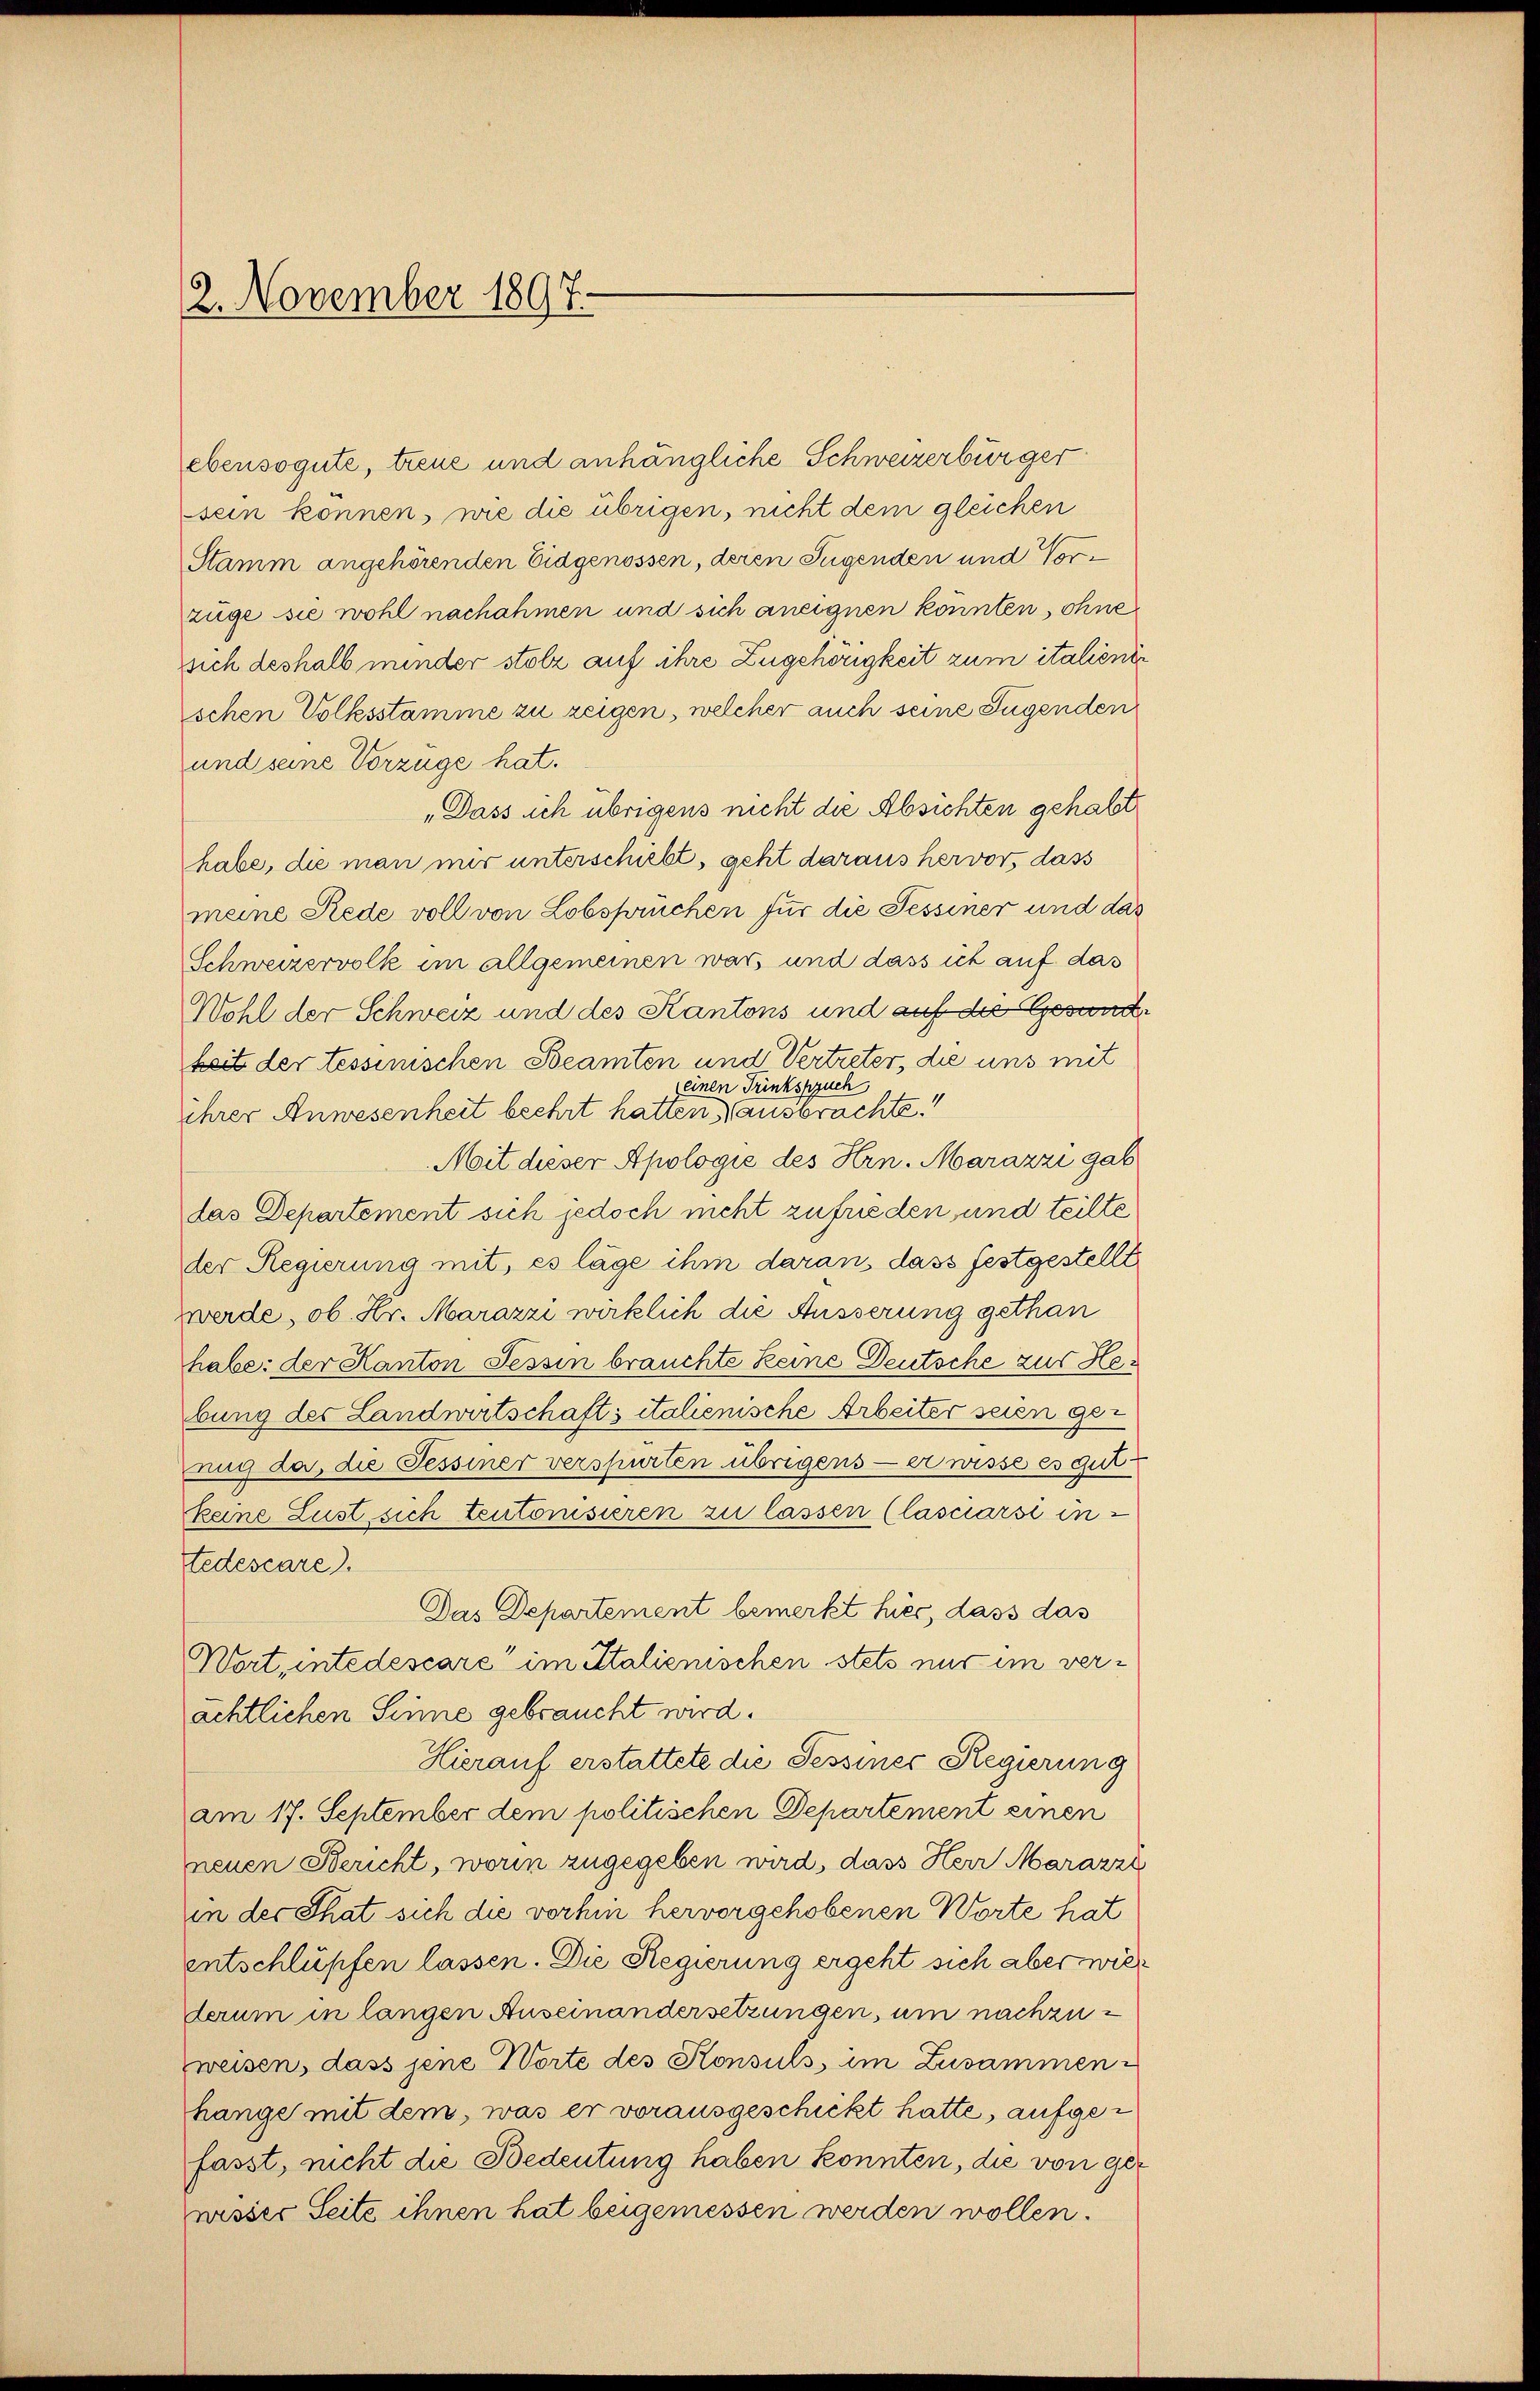
2. November 1897.

ebensogute, treue und anhängliche Schweizerbürger
sein können, wie die übrigen, nicht dem gleichen
Stamm angehörenden Eidgenossen, deren Jugenden und Vorzüge sie wohl nachahmen und sich aneignen könnten ohne
sich deshalb minder stolz auf ihre Zugehörigkeit zum italiener
schen Volksstamme zu zeigen, welcher auch seine Jugenden
und seine Vorzüge hat.
„Dass ich übrigens nicht die Absichten gehabt
habe, die man nur unterschiebt, geht daraus hervor, dass
meine Rede voll von Lobsprüchen für die Tessiner und das
Schweizervolk im allgemeinen war, und dass ich auf das
Wohl der Schweiz und des Kantons und auf der Gesund-
Zeit der tessinischen Beamten und Vertreter, die uns mit
(einen Trinkspruch
ihrer Anwesenheit beehrt hatten) ansprachte.
Mit dieser Apologie des Hrn. Marazzi gab
das Departement sich jedoch nicht zufrieden und teilte
der Regierung mit, es läge ihm daran, dass festgestellt
werde, ob Hr. Marazzi wirklich die Äusserung gethan
habe: der Kanton Tessin brauchte keine Deutsche zur Hebung des Landwirtschafts italienische Arbeiter seien geuug da, die Fessiner verspürten übrigens er wisse es gutkeine Lust sich teutorisieren zu lassen (lasciarsi in
tedescare).
Das Departement bemerkt hier, dass das
Wort, intedescare im Italienischen stets nur im verächtlichen Sinne gebraucht wird.
Hierauf erstattete die Tessiner Regierung
am 17. September dem politischen Departement einen
neuen Bericht, worin zugegeben wird, dass Herr Marazzi
in der That sich die vorhin hervorgehobenen Worte hat
entschlüpfen lassen. Die Regierung ergeht sich aber wie
derum in langen Auseinandersetzungen, um nachzuweisen, dass jene Worte des Konsuls im Zusammen-
hange mit dem, was er vorausgeschickt hatte, aufgefasst, nicht die Bedeutung haben konnten, die von ger
wisses Seite ihnen hat beigemessen werden wollen.